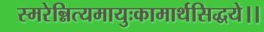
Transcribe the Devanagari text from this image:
स्मरेन्नित्यमायुःकामार्थसिद्धये।।